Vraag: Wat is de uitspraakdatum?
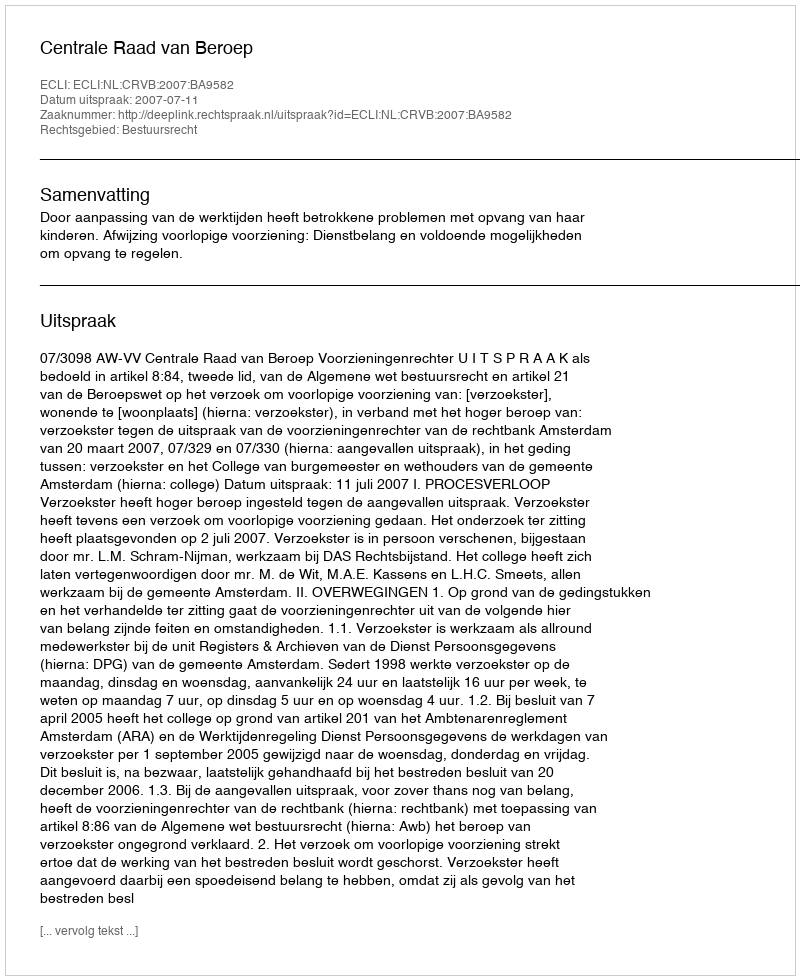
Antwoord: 2007-07-11